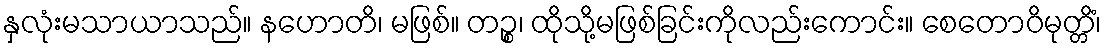
နှလုံးမသာယာသည်။ နဟောတိ၊ မဖြစ်။ တဉ္စ၊ ထိုသို့မဖြစ်ခြင်းကိုလည်းကောင်း။ စေတောဝိမုတ္တိံ၊